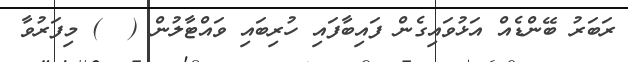
ރަބަރު ބޭންޑެއް އަޅުވައިގެން ފައިބާފައި ހުރިބައި ވައްޓާލުން (  ) މިފަރުވާ